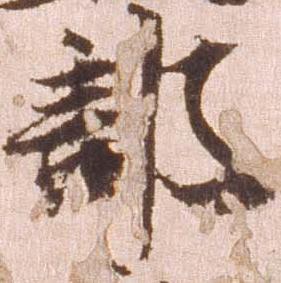
部